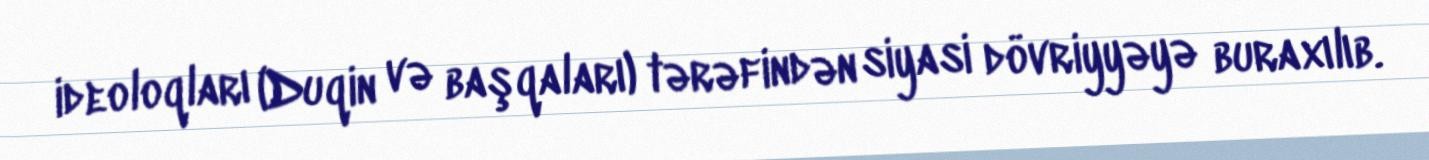
ideoloqları (Duqin və başqaları) tərəfindən siyasi dövriyyəyə buraxılıb.